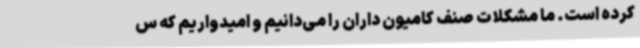
کرده است. ما مشکلات صنف کامیون داران را می‌دانیم و امیدواریم که س